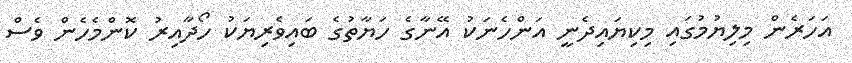
އަހަރެން މިލިޔުމުގައި މިކިޔައިދެނީ އަންހެނަކު އޭނާގެ ހަޔާތުގެ ބައިވެރިޔަކު ހޯދާއިރު ކޮންމެހެން ވެސް